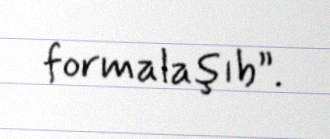
formalaşıb”.